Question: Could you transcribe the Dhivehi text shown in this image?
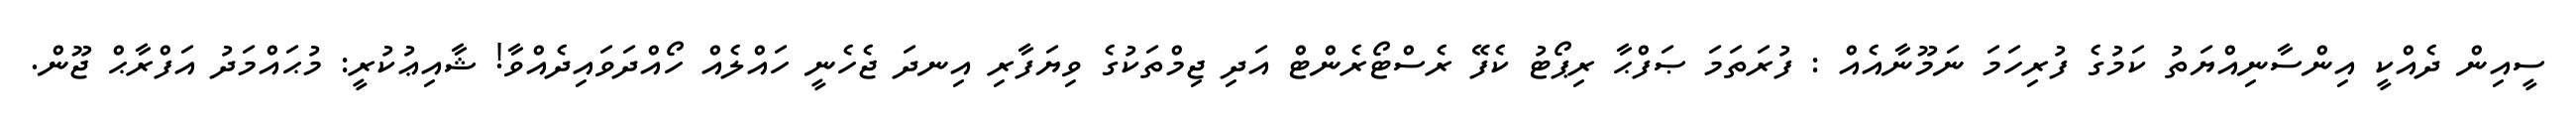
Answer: ސީއިން ދެއްކީ އިންސާނިއްޔަތު ކަމުގެ ފުރިހަމަ ނަމޫނާއެއް : ފުރަތަމަ ޞަފްޙާ ރިޕޯޓު ކެފޭ ރެސްޓޯރެންޓް އަދި ޖިމްތަކުގެ ވިޔަފާރި އިނދަ ޖެހެނީ ހައްލެއް ހޯއްދަވައިދެއްވާ! ޝާއިޢުކުރީ: މުޙައްމަދު އަފްރާޙް ޖޫން.